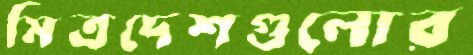
মিত্রদেশগুলোর